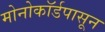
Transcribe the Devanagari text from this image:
मोनोकॉर्डपासून